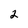
Character: 2